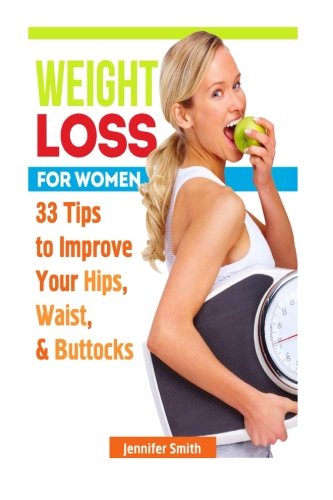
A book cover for Weight Loss For Women: 33 Tips to Improve Your Hips, Waist, & Buttocks (Weight Loss for Women Books, weight loss motivation, weight loss tips); Jennifer Smith; Health, Fitness & Dieting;